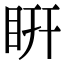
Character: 䀘